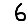
Digit: 6